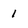
Character: 1